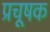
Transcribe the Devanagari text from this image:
प्रचूषक